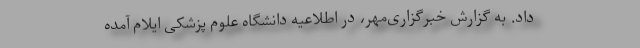
داد. به گزارش خبرگزاری‌مهر، در اطلاعیه دانشگاه علوم پزشکی ایلام آمده